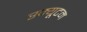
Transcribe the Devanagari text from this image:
स्क्यूटम